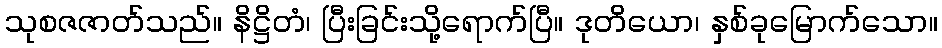
သုစဇဇာတ်သည်။ နိဋ္ဌိတံ၊ ပြီးခြင်းသို့ရောက်ပြီ။ ဒုတိယော၊ နှစ်ခုမြောက်သော။